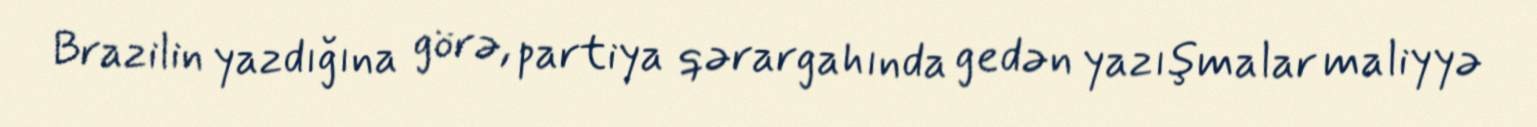
Brazilin yazdığına görə, partiya qərargahında gedən yazışmalar maliyyə